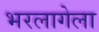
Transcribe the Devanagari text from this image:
भरलागेला